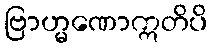
ဗြာဟ္မဏောဣတိပိ